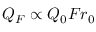
Q _ { F } \propto Q _ { 0 } F r _ { 0 }